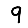
Digit: 9